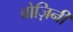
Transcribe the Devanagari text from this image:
बोज़िनी